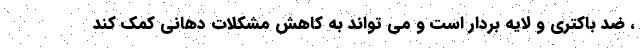
، ضد باکتری و لایه بردار است و می تواند به کاهش مشکلات دهانی کمک کند